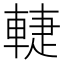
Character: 𲄷